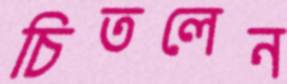
চিতলেন